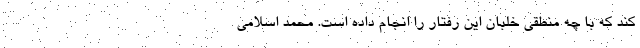
کند که با چه منطقی خلبان این رفتار را انجام داده است. محمد اسلامی